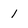
Character: 1